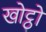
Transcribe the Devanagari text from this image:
खोट्ठो